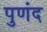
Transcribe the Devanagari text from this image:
पुणंद